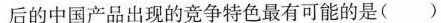
后的中国产品出现的竞争特色最有可能的是()